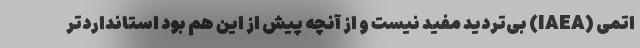
اتمی (IAEA) بی‌تردید مفید نیست و از آنچه پیش از این هم بود استانداردتر